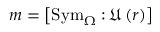
m = \left[ \mathrm { S y m } _ { \Omega } : \mathfrak { U } \left( r \right) \right]